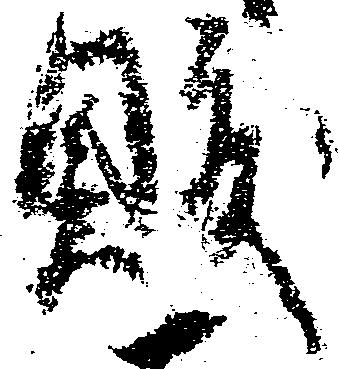
敗